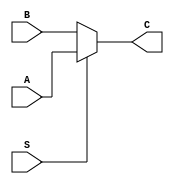
`timescale 1ns / 1ps

/******************************************************************* 
*
* Module: NBit_MUX2x1.v
* Project: Risc-V processor pipelined 
* Description:
*   2x1 MUX that outputs A if selection line is 1 else it outputs B    
*
**********************************************************************/


module NBit_MUX2x1  #(parameter N = 32) (
    input [N-1:0]A, B,
    input S, 
    output[N-1:0]C
    );  
      
     assign  C = S?A:B;
      

endmodule